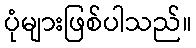
ပုံများဖြစ်ပါသည်။